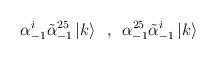
LaTeX: \begin{align*}\alpha^i _{-1} \tilde{\alpha}^{25}_{-1}\left| k\right> \,\,\, ,\,\,\,\alpha^{25} _{-1} \tilde{\alpha}^{i}_{-1}\left| k\right>\end{align*}